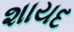
શાયદ